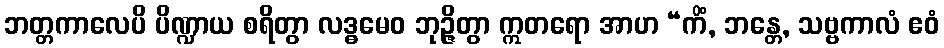
ဘတ္တကာလေပိ ပိဏ္ဍာယ စရိတွာ လဒ္ဓမေဝ ဘုဉ္ဇိတွာ ဣတရော အာဟ “ကိံ, ဘန္တေ, သဗ္ဗကာလံ ဧဝံ